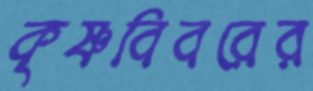
কৃষ্ণবিবরের